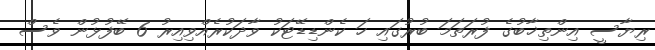
ރިޔާސީ އިންތިޚާބުގެ ފުރަތަމަ ބުރުގައި ހަ ކެންޑިޑޭޓަކު ވާދަކުރެއްވިއިރު 6 ބޭފުޅުން ވެސް